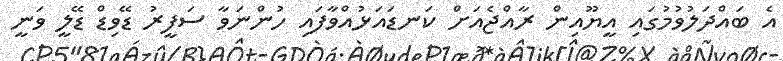
އެ ބައްދަލުވުމުގައި އީޔޫއިން ރާއްޖެއަށް ކަނޑައަޅުއްވާފައި ހުންނަވާ ސަފީރު ޑޭވިޑް ޑޭލީ ވަނީ